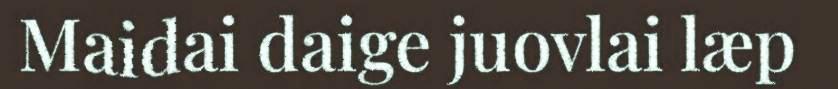
Maidai daige juovlai læp